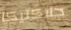
جلاكتيكا